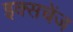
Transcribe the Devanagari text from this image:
इक्सचेंज